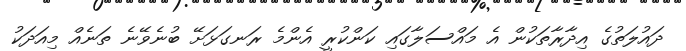
ދައުލަތުގެ އިދާރާތަކުން އެ މައްސަލާގައި ކަންކުރީ އެންމެ ރަނގަޅަށޭ ބުނެވޭނެ ތަނެއް މިއަދަކު